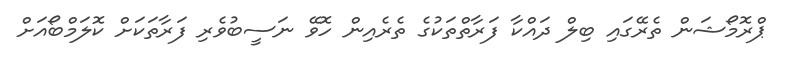
ޕްރޮމޯޝަން ތެރޭގައި ބިލް ދައްކާ ފަރާތްތަކުގެ ތެރެއިން ހޮވޭ ނަސީބުވެރި ފަރާތަކަށް ކޮލަމްބޯއަށް